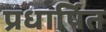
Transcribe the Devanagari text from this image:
प्रधार्षित